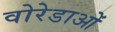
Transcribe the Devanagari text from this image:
वोरेडाओं